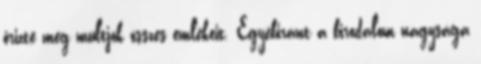
őrizte meg multjok összes emlékeit. Egyébiránt a birodalom nagysága